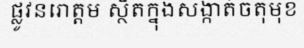
ផ្លូវនរោត្តម ស្ថិតក្នុងសង្កាត់ចតុមុខ